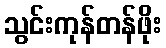
သွင်းကုန်တန်ဖိုး